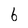
Character: 6